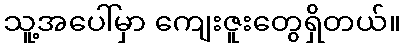
သူ့အပေါ်မှာ ကျေးဇူးတွေရှိတယ်။